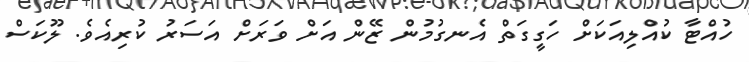
ހުއްޓާ ކުއްލިއަކަށް ހަގީގަތް އެނގުމުން ޒޭން އަށް ވަރަށް އަސަރު ކުރިއެވެ. ލޫކަސް